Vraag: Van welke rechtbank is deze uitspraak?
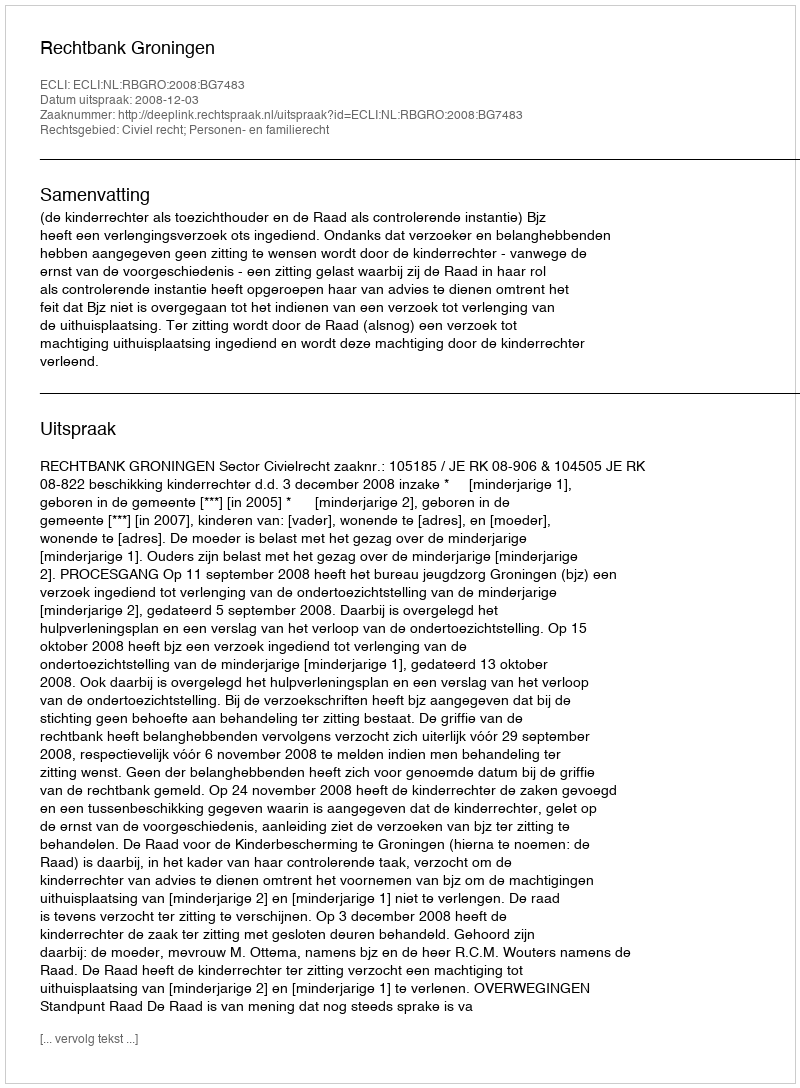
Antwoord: Rechtbank Groningen